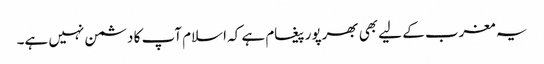
یہ مغرب کے لیے بھی بھرپور پیغام ہے کہ اسلام آپ کا دشمن نہیں ہے۔